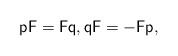
LaTeX: \begin{align*}\mathsf{p}\mathsf{F}=\mathsf{F}\mathsf{q},\mathsf{q}\mathsf{F}=-\mathsf{F}\mathsf{p},\end{align*}